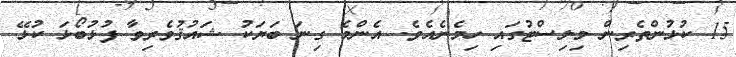
15 ކުޅުންތެރިން މިލިސްޓުގައި ހިމެނެއެވެ. އެންމެ ގިނަ ބަޔަކު ޝައުޤުވެރިވާ ފުޅުބޯޅަ ކުޅޭ